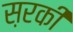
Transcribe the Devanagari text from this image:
स़रकी